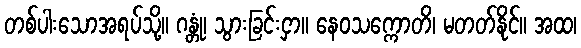
တစ်ပါးသောအရပ်သို့။ ဂန္တုံ၊ သွားခြင်းငှာ။ နေဝသက္ကောတိ၊ မတတ်နိုင်။ အထ၊